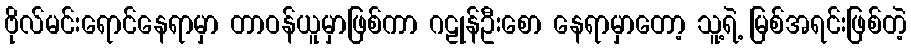
ဗိုလ်မင်းရောင်နေရာမှာ တာဝန်ယူမှာဖြစ်ကာ ဂဠုန်ဦးစော နေရာမှာတော့ သူ့ရဲ့ မြစ်အရင်းဖြစ်တဲ့